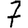
Digit: 7